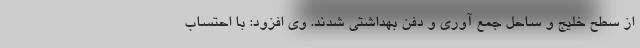
از سطح خلیج و ساحل جمع آوری و دفن بهداشتی شدند. وی افزود: با احتساب